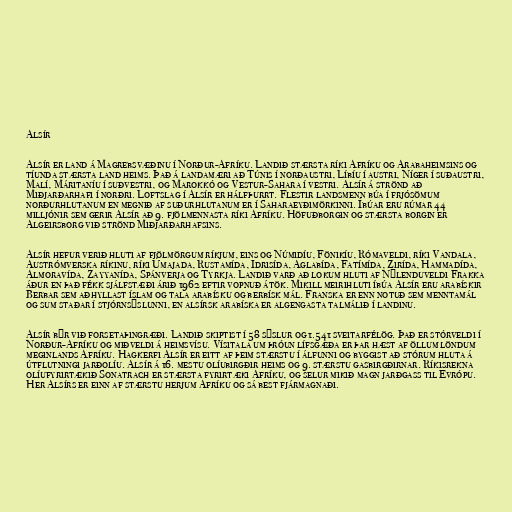
Alsír

Alsír er land á Magrebsvæðinu í Norður-Afríku. Landið stærsta ríki Afríku og Arabaheimsins og
tíunda stærsta land heims. Það á landamæri að Túnis í norðaustri, Líbíu í austri, Níger í suðaustri,
Malí, Máritaníu í suðvestri, og Marokkó og Vestur-Sahara í vestri. Alsír á strönd að
Miðjarðarhafi í norðri. Loftslag í Alsír er hálfþurrt. Flestir landsmenn búa í frjósömum
norðurhlutanum en megnið af suðurhlutanum er í Saharaeyðimörkinni. Íbúar eru rúmar 44
milljónir sem gerir Alsír að 9. fjölmennasta ríki Afríku. Höfuðborgin og stærsta borgin er
Algeirsborg við strönd Miðjarðarhafsins.

Alsír hefur verið hluti af fjölmörgum ríkjum, eins og Númidíu, Fönikíu, Rómaveldi, ríki Vandala,
Austrómverska ríkinu, ríki Úmajada, Rustamída, Idrisída, Aglabída, Fatímída, Zirída, Hammadída,
Almoravída, Zayyanída, Spánverja og Tyrkja. Landið varð að lokum hluti af Nýlenduveldi Frakka
áður en það fékk sjálfstæði árið 1962 eftir vopnuð átök. Mikill meirihluti íbúa Alsír eru arabískir
Berbar sem aðhyllast íslam og tala arabísku og berbísk mál. Franska er enn notuð sem menntamál
og sum staðar í stjórnsýslunni, en alsírsk arabíska er algengasta talmálið í landinu.

Alsír býr við forsetaþingræði. Landið skiptist í 58 sýslur og 1.541 sveitarfélög. Það er stórveldi í
Norður-Afríku og miðveldi á heimsvísu. Vísitala um þróun lífsgæða er þar hæst af öllum löndum
meginlands Afríku. Hagkerfi Alsír er eitt af þeim stærstu í álfunni og byggist að stórum hluta á
útflutningi jarðolíu. Alsír á 16. mestu olíubirgðir heims og 9. stærstu gasbirgðirnar. Ríkisrekna
olíufyrirtækið Sonatrach er stærsta fyrirtæki Afríku, og selur mikið magn jarðgass til Evrópu.
Her Alsírs er einn af stærstu herjum Afríku og sá best fjármagnaði.